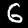
Digit: 6